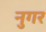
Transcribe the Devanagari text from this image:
नुगर